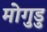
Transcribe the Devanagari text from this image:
मोगुडु